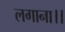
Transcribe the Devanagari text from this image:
लगाना।।